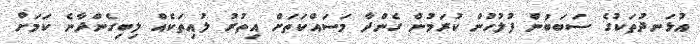
އުޅަނދުތަކުގެ ސަބަބުން ފުލުހުން ކުރަމުން ގެންދާ މަސައްކަތަަށް އިތުރު ލުއިތަކެއް ލިބިގެންދާނެ ކަމަށް